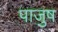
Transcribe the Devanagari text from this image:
पाजुष